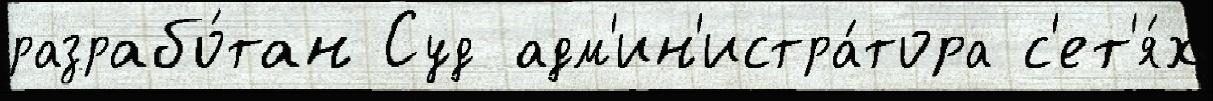
разрабо́тан Суд адм'ин'истра́тора с'ет'я́х